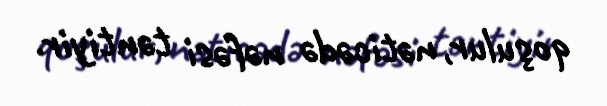
qoşulur, nəticədə nəfəsi təntiyir.